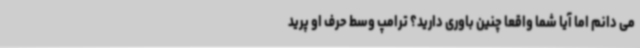
می دانم اما آیا شما واقعا چنین باوری دارید؟ ترامپ وسط حرف او پرید